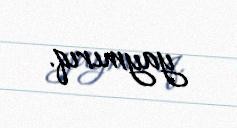
yaymırıq.